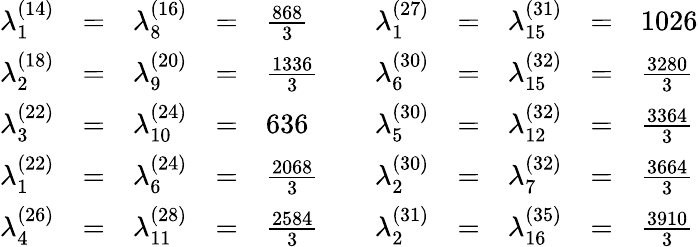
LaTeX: \begin{array}{rclclrclcl}{{\lambda_{1}^{(14)}}}&{{=}}&{{\lambda_{8}^{(16)}}}&{{=}}&{{\frac{868}{3}}}&{{\quad\lambda_{1}^{(27)}}}&{{=}}&{{\lambda_{15}^{(31)}}}&{{=}}&{{1026}}\\ {{\lambda_{2}^{(18)}}}&{{=}}&{{\lambda_{9}^{(20)}}}&{{=}}&{{\frac{1336}{3}}}&{{\lambda_{6}^{(30)}}}&{{=}}&{{\lambda_{15}^{(32)}}}&{{=}}&{{\frac{3280}{3}}}\\ {{\lambda_{3}^{(22)}}}&{{=}}&{{\lambda_{10}^{(24)}}}&{{=}}&{{636}}&{{\lambda_{5}^{(30)}}}&{{=}}&{{\lambda_{12}^{(32)}}}&{{=}}&{{\frac{3364}{3}}}\\ {{\lambda_{1}^{(22)}}}&{{=}}&{{\lambda_{6}^{(24)}}}&{{=}}&{{\frac{2068}{3}}}&{{\lambda_{2}^{(30)}}}&{{=}}&{{\lambda_{7}^{(32)}}}&{{=}}&{{\frac{3664}{3}}}\\ {{\lambda_{4}^{(26)}}}&{{=}}&{{\lambda_{11}^{(28)}}}&{{=}}&{{\frac{2584}{3}}}&{{\lambda_{2}^{(31)}}}&{{=}}&{{\lambda_{16}^{(35)}}}&{{=}}&{{\frac{3910}{3}}}\end{array}